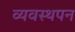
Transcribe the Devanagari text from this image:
व्यवस्थपन